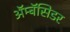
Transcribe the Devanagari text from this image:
ॲम्बॅसिडर